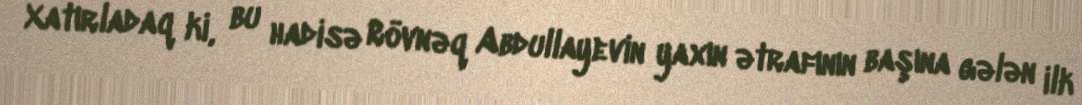
Xatırladaq ki, bu hadisə Rövnəq Abdullayevin yaxın ətrafının başına gələn ilk